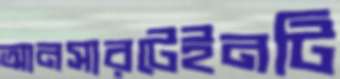
আনসারটেইনটি